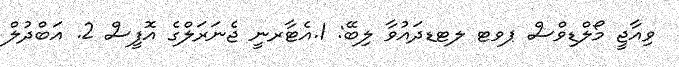
ވިއާޖީ މޯލްޑިވްސް ޕވޓ ލޓޑދައުވާ ލިބޭ: 1.އެޓާރނީ ޖެނަރަލްގެ އޮފީސް 2. އަބްދުލް